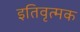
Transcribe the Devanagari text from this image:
इतिवृत्मक